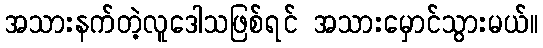
အသားနက်တဲ့လူဒေါသဖြစ်ရင် အသားမှောင်သွားမယ်။